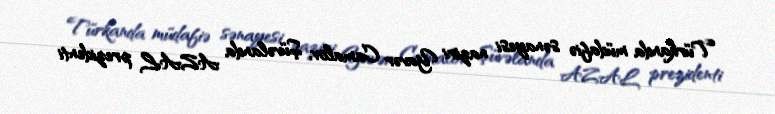
Türkanda müdafiə sənayesi naziri Yavər Camalov, Şüvəlanda AZAL prezidenti